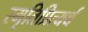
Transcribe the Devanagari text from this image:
स्मृतिप्रित्यर्थ